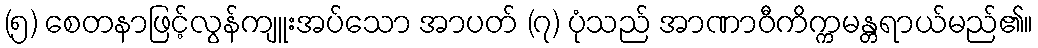
(၅) စေတနာဖြင့်လွန်ကျူးအပ်သော အာပတ် (၇) ပုံသည် အာဏာဝီကိက္ကမန္တရာယ်မည်၏။